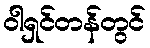
ဝါရှင်တန်တွင်